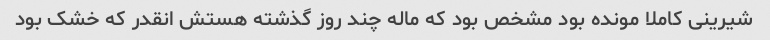
شیرینی کاملا مونده بود مشخص بود که ماله چند روز گذشته هستش انقدر که خشک بود